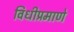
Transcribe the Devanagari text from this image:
विधीप्रमाणे